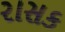
રાસક